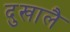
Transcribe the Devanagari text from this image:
दुखालै